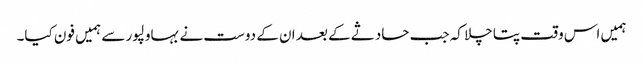
ہمیں اس وقت پتا چلا کہ جب حادثے کے بعد ان کے دوست نے بہاولپور سے ہمیں فون کیا۔